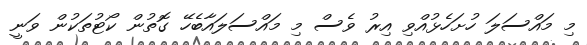
މި މައްސަލަ ހުށަހެޅުއްވި އިރު ވެސް މި މައްސަލައާބެހޭ ގޮތުން ކޯޓުތަކުން ވަނީ